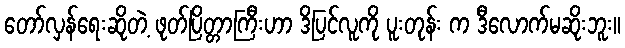
တော်လှန်ရေးဆိုတဲ့ ဖုတ်ပြိတ္တာကြီးဟာ ဒိပြင်လူကို ပူးတုန်း က ဒီလောက်မဆိုးဘူး။